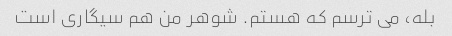
بله، می ترسم که هستم. شوهر من هم سیگاری است